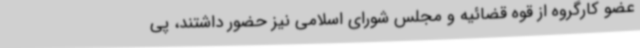
عضو کارگروه از قوه قضائیه و مجلس شورای اسلامی نیز حضور داشتند، پی